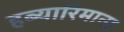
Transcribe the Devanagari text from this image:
हब्‍यारिमाना